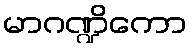
မာဂဏ္ဍိကော